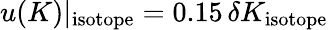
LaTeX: u(K)|_{\mathrm{isotope}}=0.15\, \delta K_{\mathrm{isotope}}